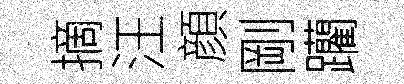
摘汪顔剛躪